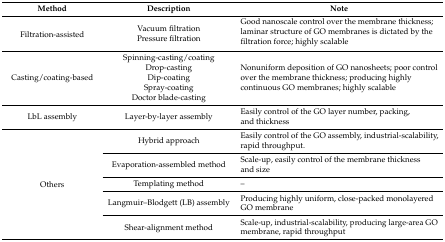
<table><thead><tr><td><b>Method</b></td><td><b>Description</b></td><td><b>Note</b></td></tr></thead><tbody><tr><td rowspan="2">Filtration-assisted</td><td>Vacuum filtration</td><td rowspan="2">Good nanoscale control over the membrane thickness; laminar structure of GO membranes is dictated by the filtration force; highly scalable</td></tr><tr><td>Pressure filtration</td></tr><tr><td rowspan="5">Casting/coating-based</td><td>Spinning-casting/coating</td><td rowspan="5">Nonuniform deposition of GO nanosheets; poor control over the membrane thickness; producing highly continuous GO membranes; highly scalable</td></tr><tr><td>Drop-casting</td></tr><tr><td>Dip-coating</td></tr><tr><td>Spray-coating</td></tr><tr><td>Doctor blade-casting</td></tr><tr><td>LbL assembly</td><td>Layer-by-layer assembly</td><td>Easily control of the GO layer number, packing, and thickness</td></tr><tr><td rowspan="5">Others</td><td>Hybrid approach</td><td>Easily control of the GO assembly, industrial-scalability, rapid throughput.</td></tr><tr><td>Evaporation-assembled method</td><td>Scale-up, easily control of the membrane thickness and size</td></tr><tr><td>Templating method</td><td>–</td></tr><tr><td>Langmuir–Blodgett (LB) assembly</td><td>Producing highly uniform, close-packed monolayered GO membrane</td></tr><tr><td>Shear-alignment method</td><td>Scale-up, industrial-scalability, producing large-area GO membrane, rapid throughput</td></tr></tbody></table>